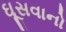
ઘૂસવાનો